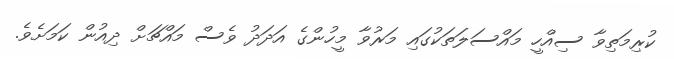
ކުރިމަތިވާ ސިއްހީ މައްސަލަތަކުގައި މަރުވާ މީހުންގެ އަދަދު ވެސް މައްޗަށް ދިއުން ކަމަށެވެ.